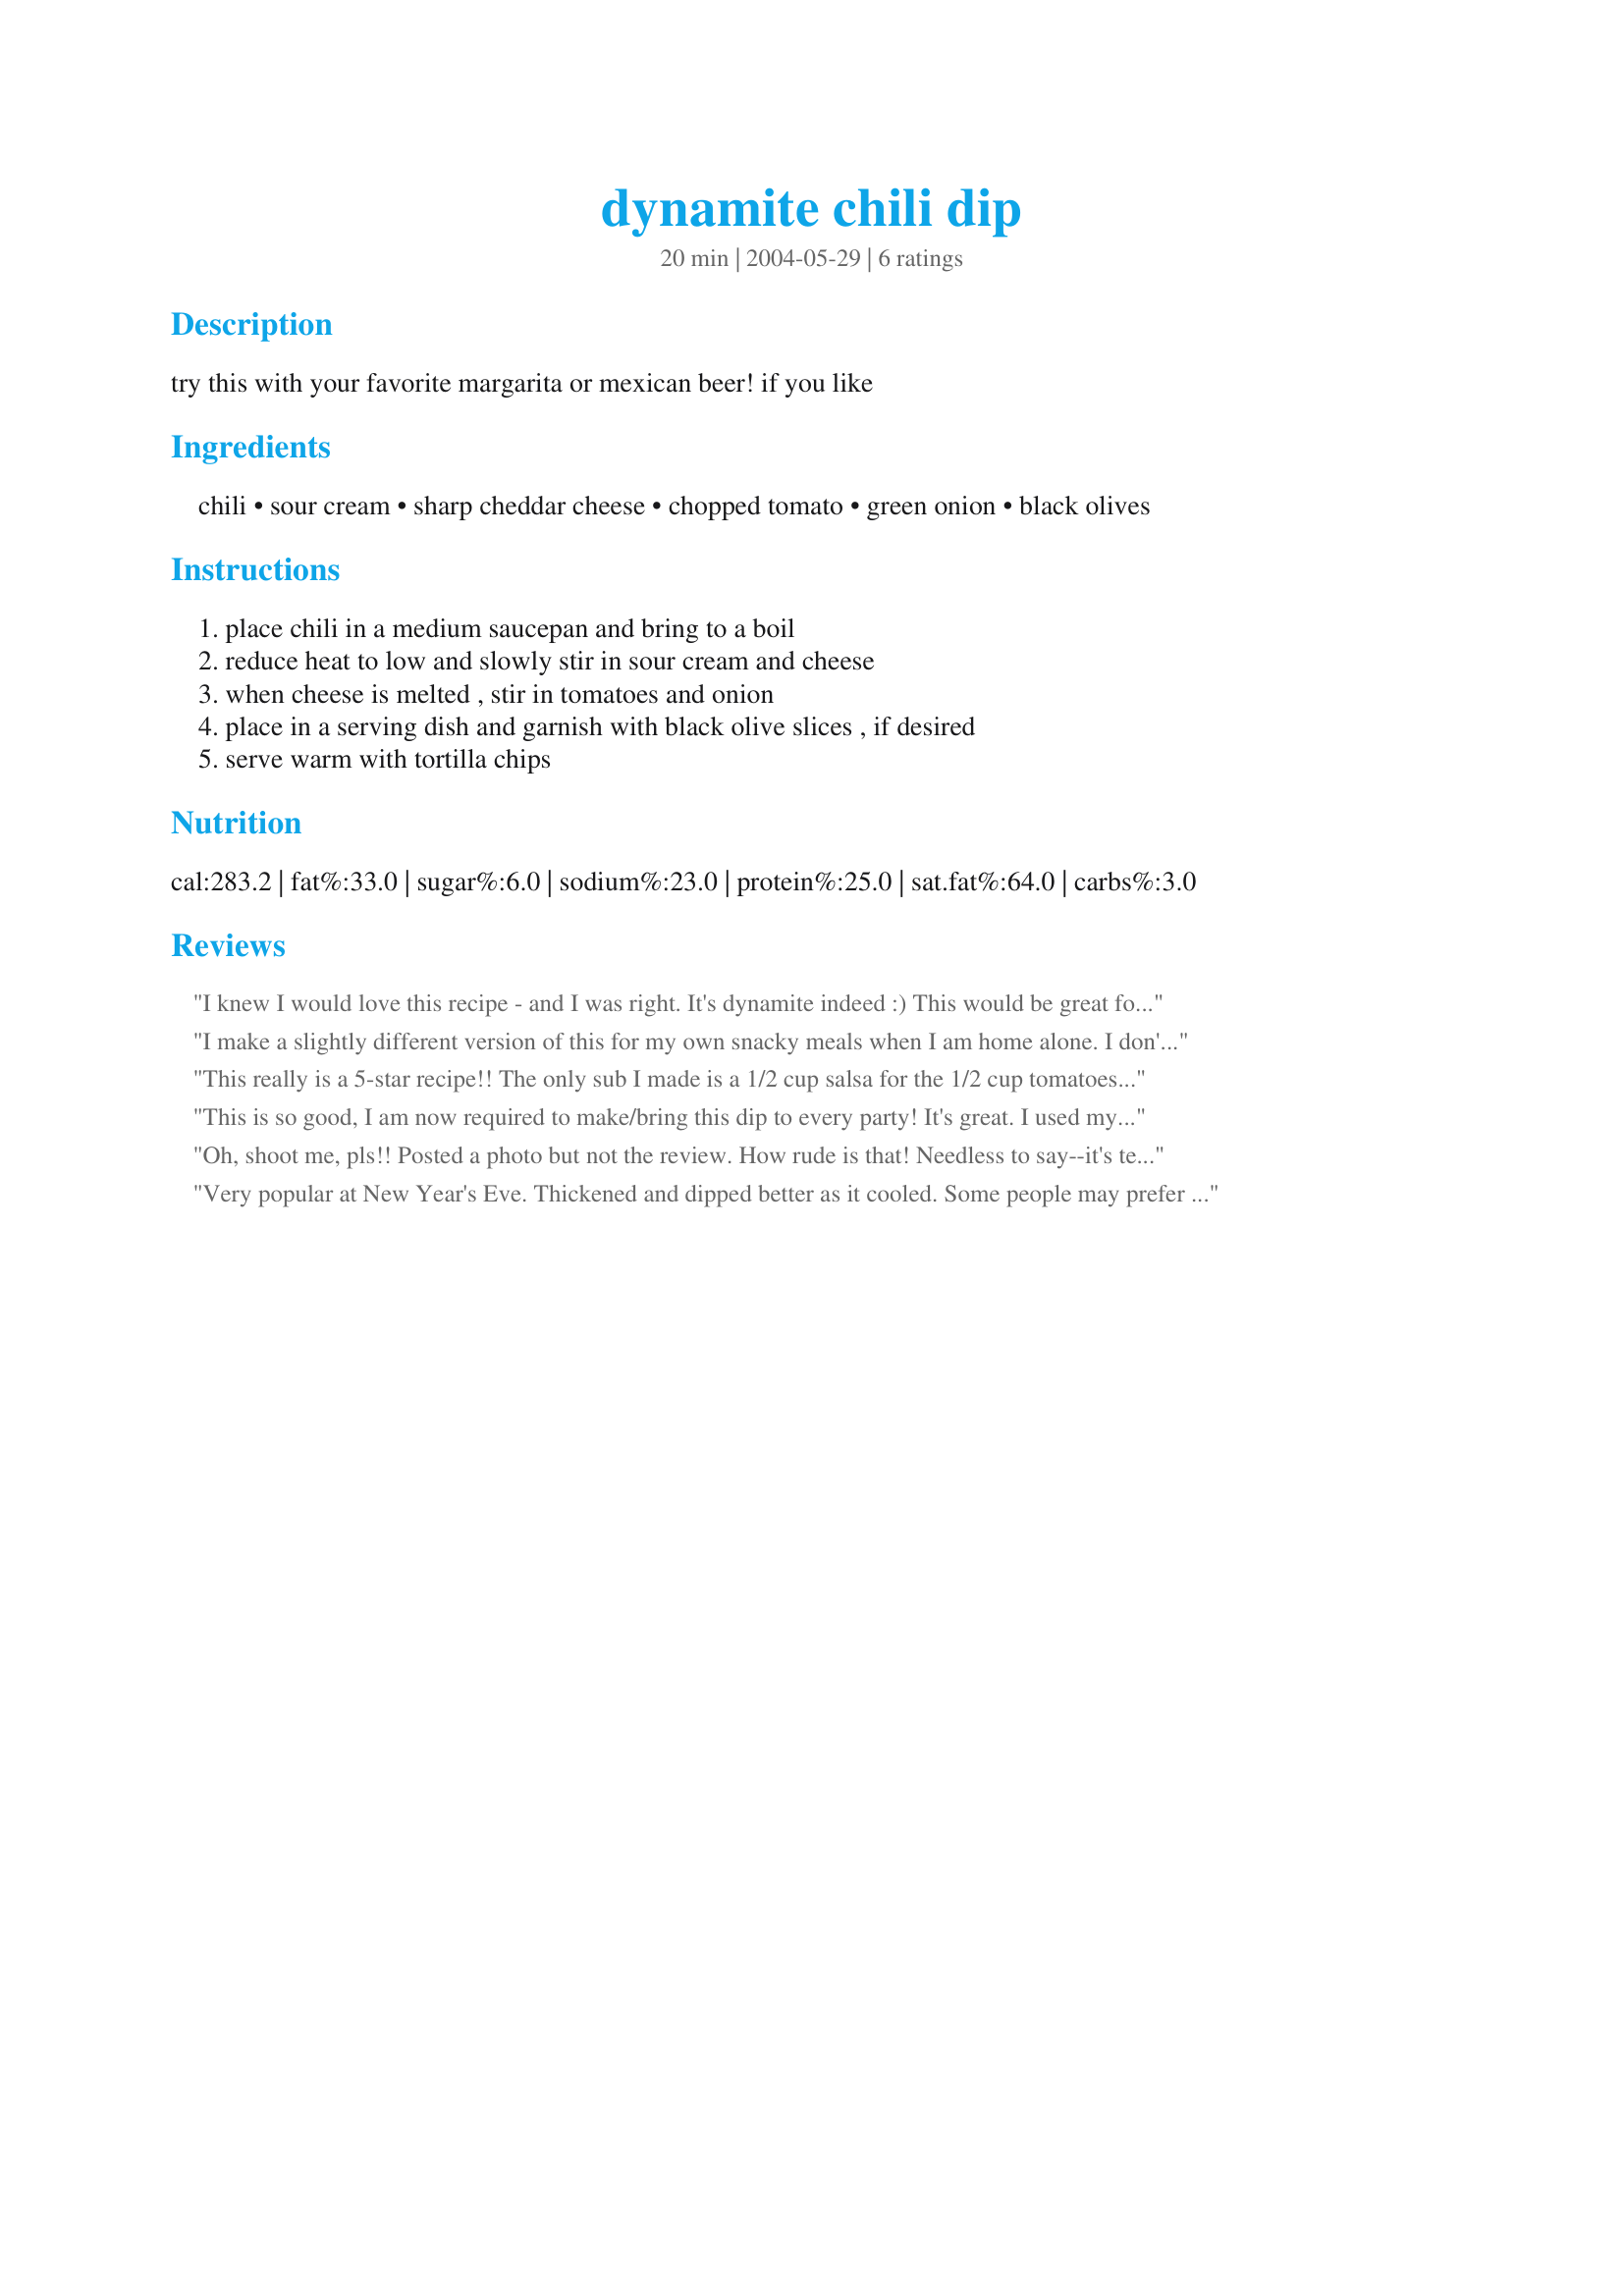
dynamite chili dip
Preparation time: 20 minutes

try this with your favorite margarita or mexican beer! if you like

Ingredients:
chili, sour cream, sharp cheddar cheese, chopped tomato, green onion, black olives

Steps:
place chili in a medium saucepan and bring to a boil, reduce heat to low and slowly stir in sour cream and cheese, when cheese is melted , stir in tomatoes and onion, place in a serving dish and garnish with black olive slices , if desired, serve warm with tortilla chips

Reviews:
I knew I would love this recipe - and I was right. It's dynamite indeed :) This would be great for a casual night with friends, or unexpected guests, as it's items many have on hand. I left out the tomatoes, and added 1 Tbsp of chopped poblano/jalapenos and a dash of cayenne. Served with Fritos scoops & cold beer - Yummy!!!
I make a slightly different version of this for my own snacky meals when I am home alone. I don't blend the sour cream and cheese into the chili, but instead just layer it on top with the diced tomatoes and onions. The contrast of the spicy chili and creamy sour cream and cheese is such a pleasure, and the fresh tomatoes and onions give it an extra punch. Fritos scoops are a must with this dip. :)
This really is a 5-star recipe!! The only sub I made is a 1/2 cup salsa for the 1/2 cup tomatoes as I am not a 'raw tomato' fan. I got raves over this recipe and I actually had to print it out twice to give to family! I like that this doesn't use velvetta as most other cheesy dips because I like the taste of fresh cheese! Will definitely make again. (Also - this keeps beautifully on low/warm in crock... just stir very occasionally).
This is so good, I am now required to make/bring this dip to every party! It's great. I used my homemade chili and pretty much doubled the recipe except for the sour cream. Instead of tomatoes and green onions I used a chunky fresh salsa. It's very good with torilla chips. Thanks!!!
Oh, shoot me, pls!!
Posted a photo but not the review. How rude is that!
Needless to say--it's terrfic! Perfect for Super Bowl or just pre-Mexican dinner. Love the addition of the chopped tomatoes. Gives the dip a zing that is left out of other chili dip recipes!
Very popular at New Year's Eve. Thickened and dipped better as it cooled. Some people may prefer a few drops of heat as this recipe is fairly mild.
